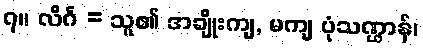
၇။ လိင်္ဂ = သူ၏ အချိုးကျ, မကျ ပုံသဏ္ဌာန်၊